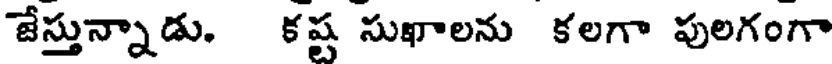
జేస్తున్నాడు. కష్ట సుఖాలను కలగా పులగంగా